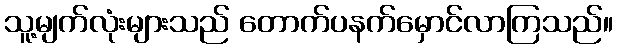
သူ့မျက်လုံးများသည် တောက်ပနက်မှောင်လာကြသည်။